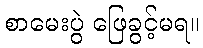
စာမေးပွဲ ဖြေခွင့်မရ။